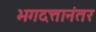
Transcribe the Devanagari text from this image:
भगदत्तानंतर